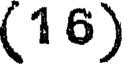
(16)